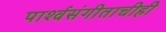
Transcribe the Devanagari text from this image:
पार्श्‍वसंगीताचीही